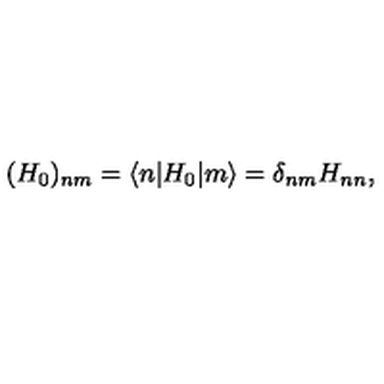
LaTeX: ( H _ { 0 } ) _ { n m } = \langle n | H _ { 0 } | m \rangle = \delta _ { n m } H _ { n n } ,